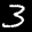
Label: 3